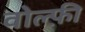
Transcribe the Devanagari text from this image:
वोल्फ़ी